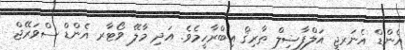
އެންޑް އެނަރޖީ އަލްފާޟިލް ޠާރިޤް އިބްރާހީމެވެ. އަދި މާލޭ ވޯޓާރ އެންޑް ސްވަރޭޖް